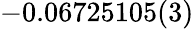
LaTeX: -0.06725105(3)